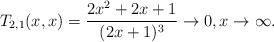
LaTeX: \begin{align*}T_{2,1}(x,x)=\frac{2x^2+2x+1}{(2x+1)^3}\to 0, x\to \infty. \end{align*}